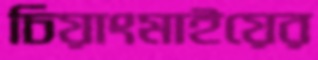
চিয়াংমাইয়ের